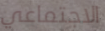
الاجتماعي